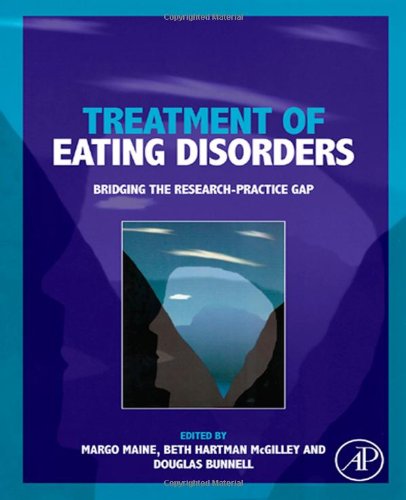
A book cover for Treatment of Eating Disorders: Bridging the research-practice gap; Self-Help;